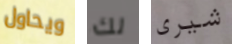
ويحاول لك شيرى